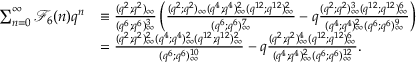
\begin{array} { r l } { \sum _ { n = 0 } ^ { \infty } \mathcal { F } _ { 6 } ( n ) q ^ { n } } & { \equiv \frac { ( q ^ { 2 } ; q ^ { 2 } ) _ { \infty } } { ( q ^ { 6 } ; q ^ { 6 } ) _ { \infty } ^ { 3 } } \left( \frac { ( q ^ { 2 } ; q ^ { 2 } ) _ { \infty } ( q ^ { 4 } ; q ^ { 4 } ) _ { \infty } ^ { 2 } ( q ^ { 1 2 } ; q ^ { 1 2 } ) _ { \infty } ^ { 2 } } { ( q ^ { 6 } ; q ^ { 6 } ) _ { \infty } ^ { 7 } } - q \frac { ( q ^ { 2 } ; q ^ { 2 } ) _ { \infty } ^ { 3 } ( q ^ { 1 2 } ; q ^ { 1 2 } ) _ { \infty } ^ { 6 } } { ( q ^ { 4 } ; q ^ { 4 } ) _ { \infty } ^ { 2 } ( q ^ { 6 } ; q ^ { 6 } ) _ { \infty } ^ { 9 } } \right) } \\ & { = \frac { ( q ^ { 2 } ; q ^ { 2 } ) _ { \infty } ^ { 2 } ( q ^ { 4 } ; q ^ { 4 } ) _ { \infty } ^ { 2 } ( q ^ { 1 2 } ; q ^ { 1 2 } ) _ { \infty } ^ { 2 } } { ( q ^ { 6 } ; q ^ { 6 } ) _ { \infty } ^ { 1 0 } } - q \frac { ( q ^ { 2 } ; q ^ { 2 } ) _ { \infty } ^ { 4 } ( q ^ { 1 2 } ; q ^ { 1 2 } ) _ { \infty } ^ { 6 } } { ( q ^ { 4 } ; q ^ { 4 } ) _ { \infty } ^ { 2 } ( q ^ { 6 } ; q ^ { 6 } ) _ { \infty } ^ { 1 2 } } . } \end{array}